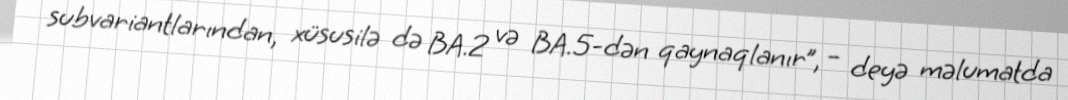
subvariantlarından, xüsusilə də BA.2 və BA.5-dən qaynaqlanır”, – deyə məlumatda